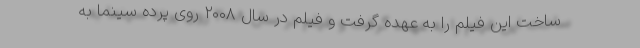
ساخت این فیلم را به عهده گرفت و فیلم در سال ۲۰۰۸ روی پرده سینما به